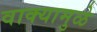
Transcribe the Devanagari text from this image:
वाक्यामुळे